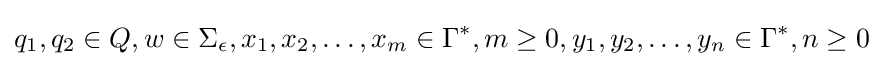
q_{1},q_{2}\in Q,w\in \Sigma _{\epsilon },x_{1},x_{2},\ldots ,x_{m}\in \Gamma ^{*},m\geq 0,y_{1},y_{2},\ldots ,y_{n}\in \Gamma ^{*},n\geq 0